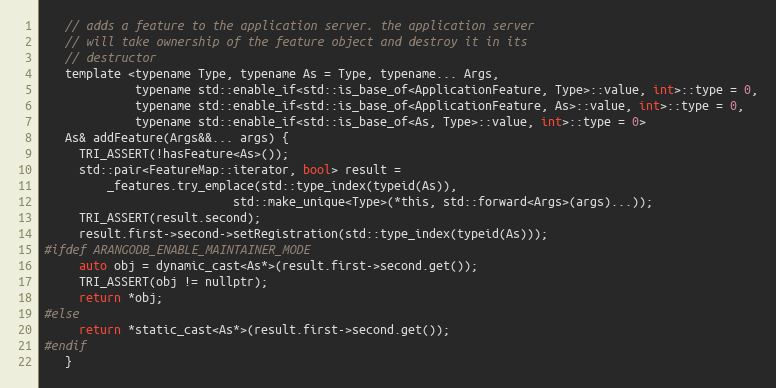
Language: C
   // adds a feature to the application server. the application server
   // will take ownership of the feature object and destroy it in its
   // destructor
   template <typename Type, typename As = Type, typename... Args,
             typename std::enable_if<std::is_base_of<ApplicationFeature, Type>::value, int>::type = 0,
             typename std::enable_if<std::is_base_of<ApplicationFeature, As>::value, int>::type = 0,
             typename std::enable_if<std::is_base_of<As, Type>::value, int>::type = 0>
   As& addFeature(Args&&... args) {
     TRI_ASSERT(!hasFeature<As>());
     std::pair<FeatureMap::iterator, bool> result =
         _features.try_emplace(std::type_index(typeid(As)),
                           std::make_unique<Type>(*this, std::forward<Args>(args)...));
     TRI_ASSERT(result.second);
     result.first->second->setRegistration(std::type_index(typeid(As)));
#ifdef ARANGODB_ENABLE_MAINTAINER_MODE
     auto obj = dynamic_cast<As*>(result.first->second.get());
     TRI_ASSERT(obj != nullptr);
     return *obj;
#else
     return *static_cast<As*>(result.first->second.get());
#endif
   }